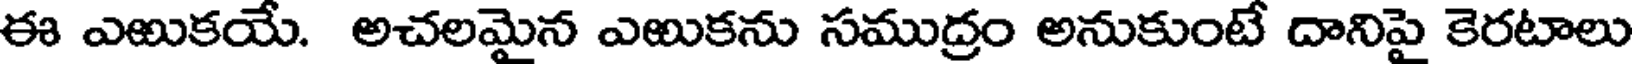
ఈ ఎఱుకయే. అచలమైన ఎఱుకను సముద్రం అనుకుంటే దానిపై కెరటాలు